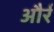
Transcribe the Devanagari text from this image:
और्र